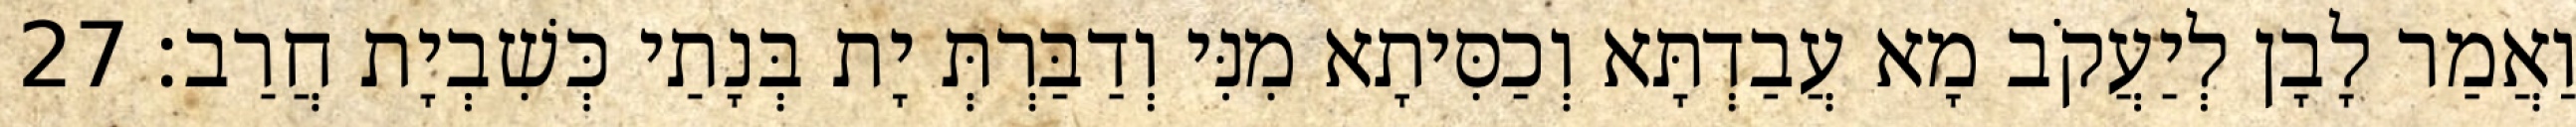
וַאֲמַר לָבָן לְיַעֲקֹב מָא עֲבַדְתָּא וְכַסִּיתָא מִנִּי וְדַבַּרְתְּ יָת בְּנָתַי כְּשִׁבְיָת חֲרַב׃ 27